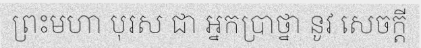
ព្រះមហា បុរស ជា អ្នកប្រាថ្នា នូវ សេចក្តី